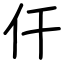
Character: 仠